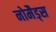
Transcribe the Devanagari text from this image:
नोमैड्स